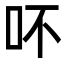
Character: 吥